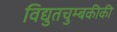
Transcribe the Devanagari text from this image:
विद्युतचुम्बकीकी